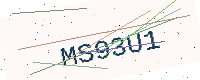
Text: MS93U1